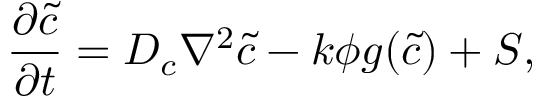
\frac { \partial { \tilde { c } } } { \partial { t } } = D _ { c } \nabla ^ { 2 } \tilde { c } - k \phi g ( \tilde { c } ) + S ,